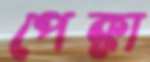
পেক্কা